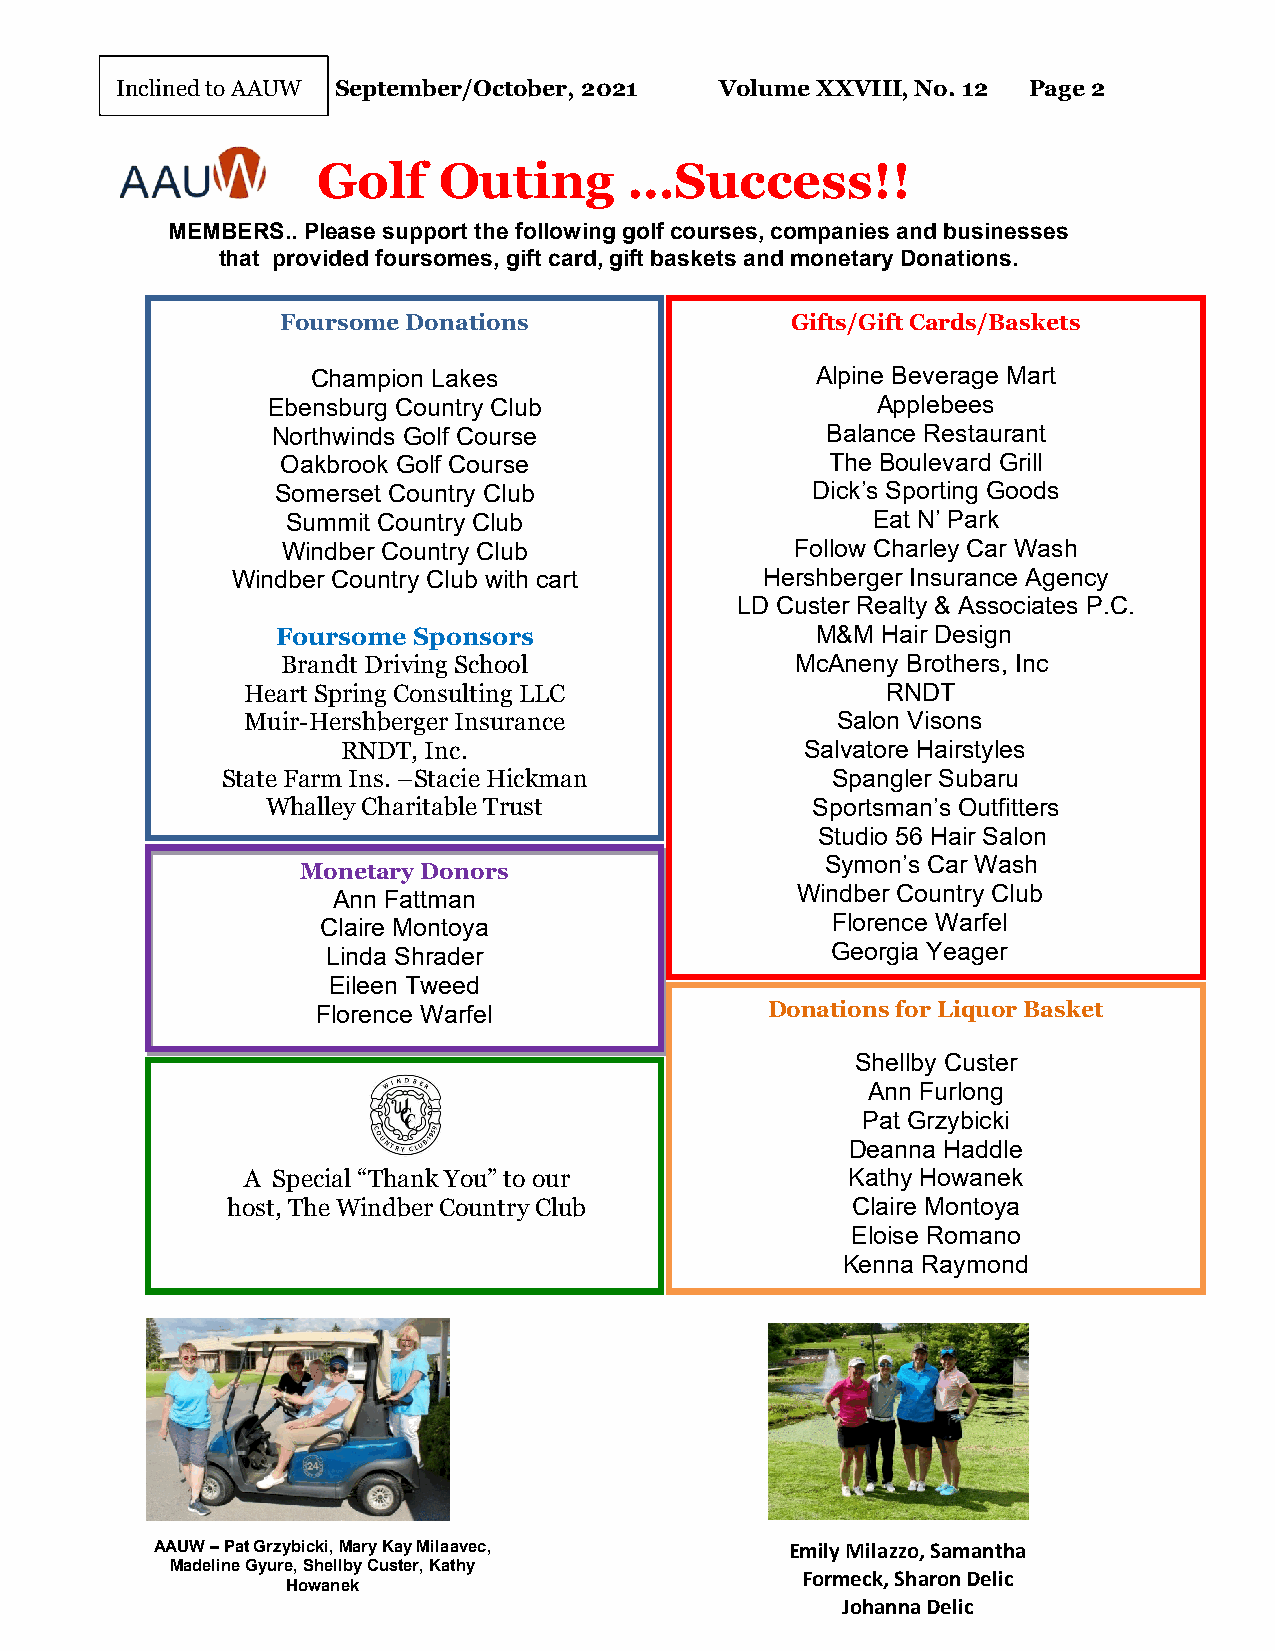
Inclined to AAUW September/October, 2021 Volume XXVIII, No. 12 Page 2
 Golf    Outing       …Success!!
 MEMBERS.. Please support the following golf courses, companies and businesses
 that provided foursomes, gift card, gift baskets and monetary Donations.
 Foursome Donations               Gifts/Gift Cards/Baskets
 Champion Lakes                   Alpine Beverage Mart
 Ebensburg Country Club                  Applebees
 Northwinds Golf Course               Balance Restaurant
 Oakbrook Golf Course                The Boulevard Grill
 Somerset Country Club               Dick’s Sporting Goods
 Summit Country Club                    Eat N’ Park
 Windber Country Club              Follow Charley Car Wash
 Windber Country Club with cart      Hershberger Insurance Agency
 LD Custer Realty & Associates P.C.
 Foursome Sponsors                   M&M Hair Design
 Brandt Driving School             McAneny Brothers, Inc
 Heart Spring Consulting LLC                RNDT
 Muir-Hershberger Insurance             Salon Visons
 RNDT, Inc.                    Salvatore Hairstyles
 State Farm Ins. –Stacie Hickman         Spangler Subaru
 Whalley Charitable Trust            Sportsman’s Outfitters
 Studio 56 Hair Salon
 Symon’s Car Wash
 Monetary Donors
 Ann Fattman                    W i n d b e r C o u n t ry Club
 Claire M ontoya                   Florence Warfel
 Linda Shrader                    Georgia Yeager
 Eileen Tweed
 F l o r e n c e Warfel        Donations for Liquor Basket
 Shellby Custer
 Ann Furlong
 Pat Grzybicki
 Deanna Haddle
 A Special “Thank You” to our            Kathy Howanek
 host, The Windber Country Club           Claire Montoya
 Eloise Romano
 Kenna Raymond
 AAUW – Pat Grzybicki, Mary Kay Milaavec,  Emily Milazzo, Samantha
 Madeline Gyure, Shellby Custer, Kathy
 Formeck, Sharon Delic
 Howanek
 Johanna Delic